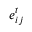
e _ { i j } ^ { t }